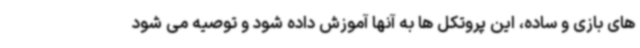
های بازی و ساده، این پروتکل ها به آنها آموزش داده شود و توصیه می شود